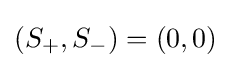
(S_{+},S_{-})=(0,0)